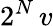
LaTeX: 2^{N}\, v